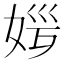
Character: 𡜏